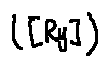
( [ R _ { y } ] )